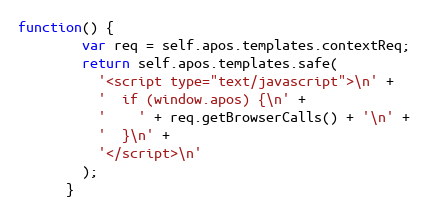
Language: JavaScript
function() {
        var req = self.apos.templates.contextReq;
        return self.apos.templates.safe(
          '<script type="text/javascript">\n' +
          '  if (window.apos) {\n' +
          '    ' + req.getBrowserCalls() + '\n' +
          '  }\n' +
          '</script>\n'
        );
      }